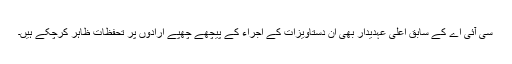
سی آئی اے کے سابق اعلیٰ عہدیدار بھی اِن دستاویزات کے اجراء کے پیچھے چھپے ارادوں پر تحفظات ظاہر کرچکے ہیں۔